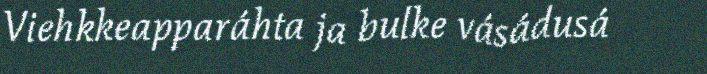
Viehkkeapparáhta ja bulke vásádusá